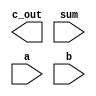
`timescale 1ns / 1ps
//////////////////////////////////////////////////////////////////////////////////
// Company: 
// Engineer: 
// 
// Design Name: 
// Module Name: gen_FA
// Project Name: 
// Target Devices: 
// Tool Versions: 
// Description: 
// 
// Dependencies: 
// 
// Revision:
// Revision 0.01 - File Created
// Additional Comments:
// 
//////////////////////////////////////////////////////////////////////////////////


module gen_FA(c_out, sum, a, b);

    parameter               size = 0;		
    
    input [size-1:0]		a, b, sum;
    output	                c_out; //declare outputs c_out and sum, 1 bit each
    
    wire [size-1:0]          c; // wire for c_in/out
    wire [size-1:0]        d; // wire for sum
        
    genvar i;
    generate
    for (i=0; i<size; i=i+1) begin: FA_gen
        FA_str addyWaddy(c[i+1], d[i], a[i], b[i], c[i]);
        end
    endgenerate
    
    assign sum = d;
    assign c_out = c[size-1];
    assign c[0] = 0;

endmodule